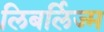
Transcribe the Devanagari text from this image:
लिबर्लिज्म